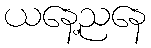
ယနေ့ညနေ